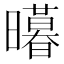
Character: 𭨊